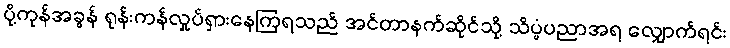
ပို့ကုန်အခွန် ရုန်းကန်လှုပ်ရှားနေကြရသည် အင်တာနက်ဆိုင်သို့ သိပ္ပံပညာအရ လျှောက်ရင်း